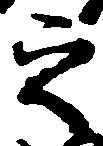
之